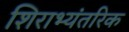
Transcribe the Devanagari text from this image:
शिराभ्यंतरिक